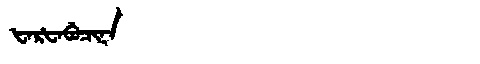
Manchu: ᡶᠠᡵᡶᠠᠪᡠᠴᡳᠨᠠ
Romanization: FARFABUCINA